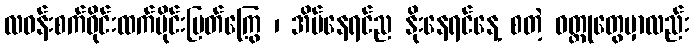
လဝန်းစက်ဝိုင်းထက်ပိုင်းပြတ်ကြွေ ၊ အိပ်နေရင်ည နိုးနေရင်နေ့ စတဲ့ ဝတ္ထုတွေမှာလည်း